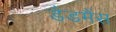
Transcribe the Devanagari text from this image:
डैडमैंस